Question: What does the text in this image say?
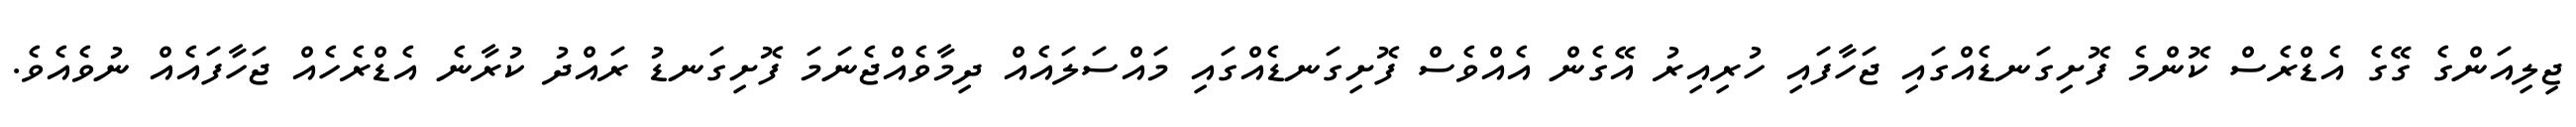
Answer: ޖިލިއަންގެ ގޭގެ އެޑްރެސް ކޮންމެ ފޮށިގަނޑެއްގައި ޖަހާފައި ހުރިއިރު އޭގެން އެއްވެސް ފޮށިގަނޑެއްގައި މައްސަލައެއް ދިމާވެއްޖެނަމަ ފޮށިގަނޑު ރައްދު ކުރާނެ އެޑްރެހެއް ޖަހާފައެއް ނުވެއެވެ.